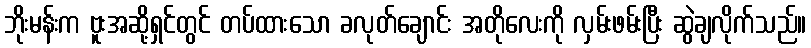
ဘိုးမန်းက ဗူးအဆို့ရှင်တွင် တပ်ထားသော ခလုတ်ချောင်း အတိုလေးကို လှမ်းဖမ်းပြီး ဆွဲချလိုက်သည်။